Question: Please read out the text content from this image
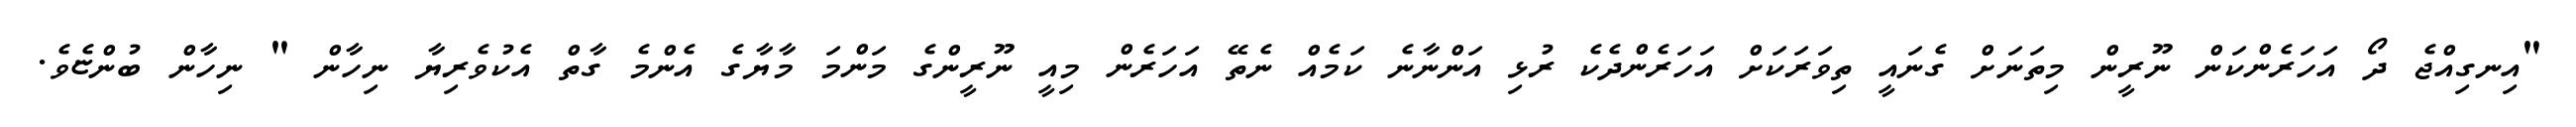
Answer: "އިނގިއްޖެ ދޯ އަހަރެންކަން ނޫރީން މިތަނަށް ގެނައީ ތިވަރަކަށް އަހަރެންދެކެ ރުޅި އަންނާނެ ކަމެއް ނެތޭ އަހަރެން މިއީ ނޫރީންގެ މަންމަ މާޔާގެ އެންމެ ގާތް އެކުވެރިޔާ ނިހާން " ނިހާން ބުންޏެވެ.